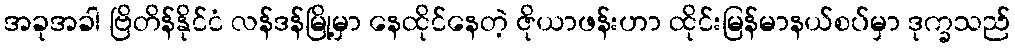
အခုအခါ ဗြိတိန်နိုင်ငံ လန်ဒန်မြို့မှာ နေထိုင်နေတဲ့ ဇိုယာဖန်းဟာ ထိုင်းမြန်မာနယ်စပ်မှာ ဒုက္ခသည်